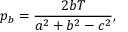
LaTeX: p _ { b } = { \frac { 2 b T } { a ^ { 2 } + b ^ { 2 } - c ^ { 2 } } } ,